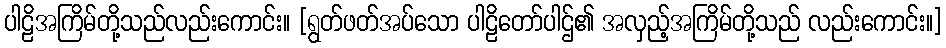
ပါဠိအကြိမ်တို့သည်လည်းကောင်း။ [ရွတ်ဖတ်အပ်သော ပါဠိတော်ပါဌ်၏ အလှည့်အကြိမ်တို့သည် လည်းကောင်း။]